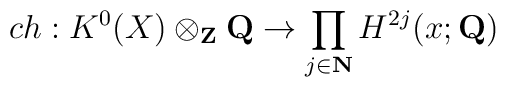
ch: K^{0}(X)\otimes_{\bf Z}{\bf Q} \to \prod_{j\in {\bf N}} H^{2j}(x; {\bf Q})